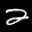
Label: 2